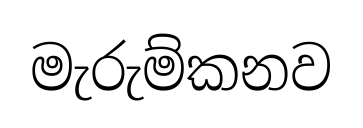
මැරුම්කනව